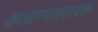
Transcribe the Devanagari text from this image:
काढण्यालायक